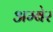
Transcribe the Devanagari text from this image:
अम्बेर